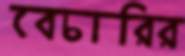
বেচারির